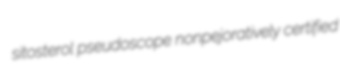
sitosterol pseudoscope nonpejoratively certified